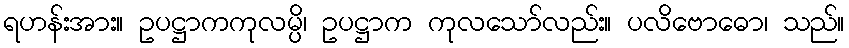
ရဟန်းအား။ ဥပဋ္ဌာကကုလမ္ပိ၊ ဥပဋ္ဌာက ကုလသော်လည်း။ ပလိဗောဓော၊ သည်။